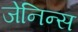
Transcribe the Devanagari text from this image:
जेनिन्स